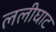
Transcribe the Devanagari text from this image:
ललीघाट